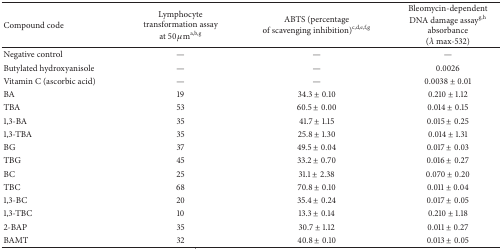
<table><thead><tr><td><b>Compound code</b></td><td><b>Lymphocyte transformation assay at 50 <i>μ</i>m<sup>a,b,g</sup></b></td><td><b>ABTS (percentage of scavenging inhibition)<sup>c,d,e,f,g</sup></b></td><td><b>Bleomycin-dependent DNA damage assay<sup>g,h</sup> absorbance (<i>λ</i> max-532)</b></td></tr></thead><tbody><tr><td>Negative control</td><td>—</td><td>—</td><td>—</td></tr><tr><td>Butylated hydroxyanisole </td><td>—</td><td>—</td><td>0.0026</td></tr><tr><td>Vitamin C (ascorbic acid)</td><td>—</td><td>—</td><td>0.0038 ± 0.01</td></tr><tr><td>BA</td><td>19</td><td>34.3 ± 0.10</td><td>0.210 ± 1.12</td></tr><tr><td>TBA</td><td>53</td><td>60.5 ± 0.00</td><td>0.014 ± 0.15</td></tr><tr><td>1,3-BA</td><td>35</td><td>41.7 ± 1.15</td><td>0.015 ± 0.25</td></tr><tr><td>1,3-TBA</td><td>35</td><td>25.8 ± 1.30</td><td>0.014 ± 1.31</td></tr><tr><td>BG</td><td>37</td><td>49.5 ± 0.04</td><td>0.017 ± 0.03</td></tr><tr><td>TBG</td><td>45</td><td>33.2 ± 0.70</td><td>0.016 ± 0.27</td></tr><tr><td>BC</td><td>25</td><td>31.1 ± 2.38</td><td>0.070 ± 0.20</td></tr><tr><td>TBC</td><td>68</td><td>70.8 ± 0.10</td><td>0.011 ± 0.04</td></tr><tr><td>1,3-BC</td><td>20</td><td>35.4 ± 0.24</td><td>0.017 ± 0.05</td></tr><tr><td>1,3-TBC</td><td>10</td><td>13.3 ± 0.14</td><td>0.210 ± 1.18</td></tr><tr><td>2-BAP</td><td>35</td><td>30.7 ± 1.12</td><td>0.011 ± 0.27</td></tr><tr><td>BAMT</td><td>32</td><td>40.8 ± 0.10</td><td>0.013 ± 0.05</td></tr></tbody></table>